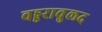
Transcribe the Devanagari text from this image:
वड्डरावुलद